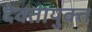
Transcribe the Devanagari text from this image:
देवतायुक्त